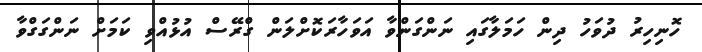
ހޮނިހިރު ދުވަހު ދިން ހަމަލާގައި ނަންގަންވާ އަވަހާރަކޮށްލަން ގްރޭސް އުޅުއްވި ކަމަށް ނަންގަގްވާ